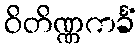
ဝိတိဏ္ဏကင်္ခံ